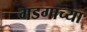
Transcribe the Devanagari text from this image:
गडगाच्या